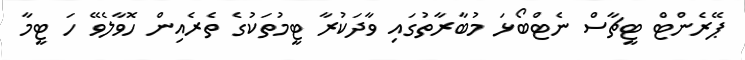
ޕޭރެންޓް ޓީޗާސް ނެޓްބޯޅަ މުބާރާތުގައި ވާދަކުރާ ޓީމުތަކުގެ ތެރެއިން ހޮވާލެވޭ ހަ ޓީމާ